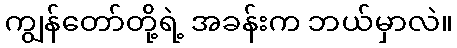
ကျွန်တော်တို့ရဲ့ အခန်းက ဘယ်မှာလဲ။